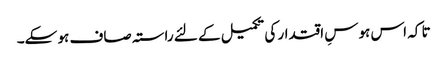
تا کہ اس ہوسِ اقتدار کی تکمیل کے لئے راستہ صاف ہو سکے۔